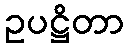
ဥပဋ္ဌိတာ